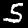
Digit: 5